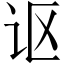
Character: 讴